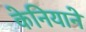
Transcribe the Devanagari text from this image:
केनियाने